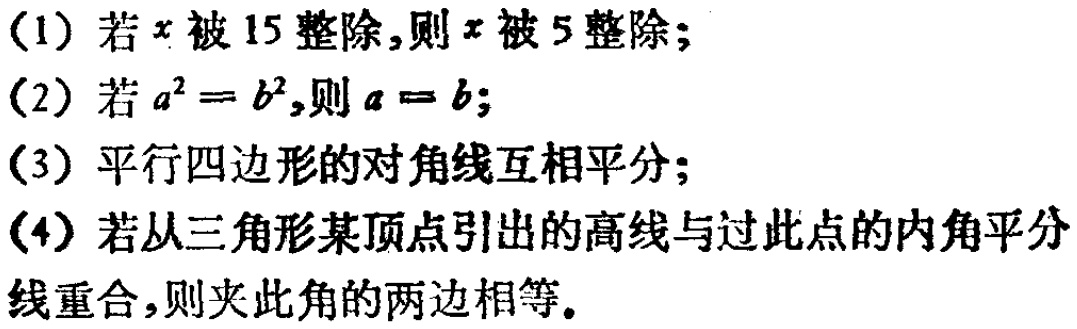
(1) 若\(x\)被\(15\)整除,则\(x\)被\(5\)整除;
(2) 若\(a^{2}=b^{2}\),则\(a = b\);
(3) 平行四边形的对角线互相平分;
(4) 若从三角形某顶点引出的高线与过此点的内角平分线重合,则夹此角的两边相等.